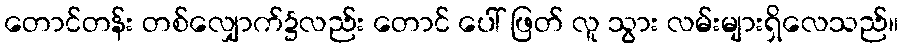
တောင်တန်း တစ်လျှောက်၌လည်း တောင် ပေါ် ဖြတ် လူ သွား လမ်းများရှိလေသည်။